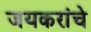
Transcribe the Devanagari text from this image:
जयकरांचे